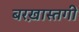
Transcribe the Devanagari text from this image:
बरख़ास्तगी